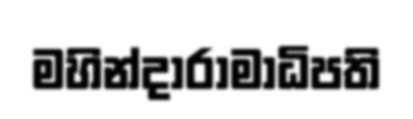
මහින්දාරාමාධිපති